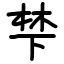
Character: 梺